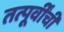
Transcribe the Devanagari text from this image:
तत्पूर्वींचीं